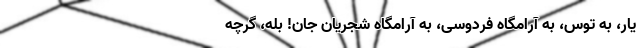
یار، به توس، به آرامگاه فردوسی، به آرامگاه شجریانِ جان! بله، گرچه